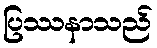
ပြဿနာသည်